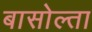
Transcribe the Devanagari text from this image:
बासोल्ता